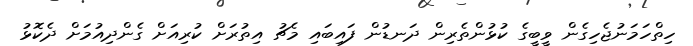
ހިތްހަމަނުޖެހިގެން ވީބީގެ ކުޅުންތެރިން ދަނޑުން ފައިބައި މެޗު އިތުރަށް ކުރިއަށް ގެންދިއުމަށް ދެކޮޅު